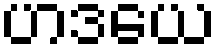
ဟဒယေ